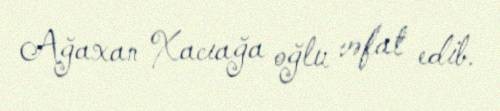
Ağaxan Xacıağa oğlu vəfat edib.